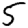
Digit: 5